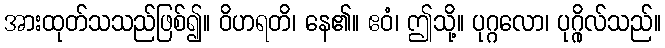
အားထုတ်သသည်ဖြစ်၍။ ဝိဟရတိ၊ နေ၏။ ဧဝံ၊ ဤသို့။ ပုဂ္ဂလော၊ ပုဂ္ဂိုလ်သည်။